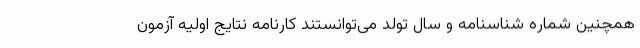
همچنین شماره شناسنامه و سال تولد می‌توانستند کارنامه نتایج اولیه آزمون